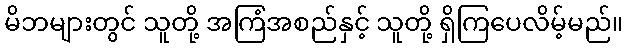
မိဘများတွင် သူတို့ အကြံအစည်နှင့် သူတို့ ရှိကြပေလိမ့်မည်။